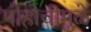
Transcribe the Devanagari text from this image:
पोहोचीमुळे